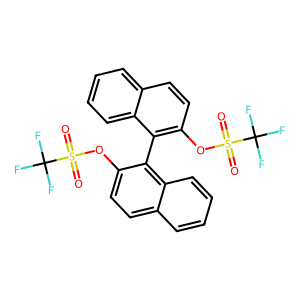
SMILES: O=S(=O)(Oc1ccc2ccccc2c1-c1c(OS(=O)(=O)C(F)(F)F)ccc2ccccc12)C(F)(F)F
Inhibits HIV replication: No